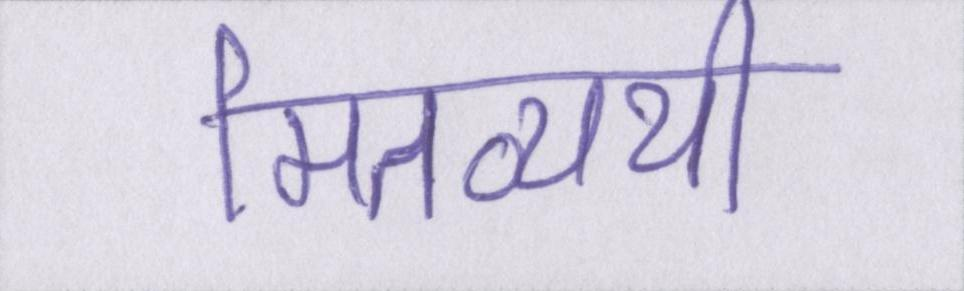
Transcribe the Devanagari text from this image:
मितव्ययी